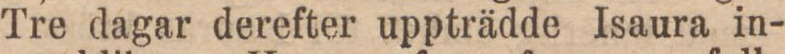
Tre dagar derefter uppträdde Isaura in-